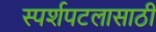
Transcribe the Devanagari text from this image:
स्पर्शपटलासाठी